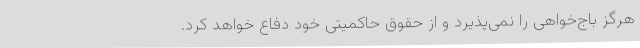
هرگز باج‌خواهی را نمی‌پذیرد و از حقوق حاکمیتی خود دفاع خواهد کرد.